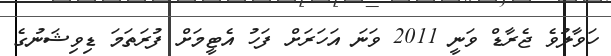
ހަވާލުވެ ޖެރާޑް ވަނީ 2011 ވަނަ އަހަރަށް ފަހު އެޓީމަށް ފުރަތަމަ ޑިވިޝަނުގެ